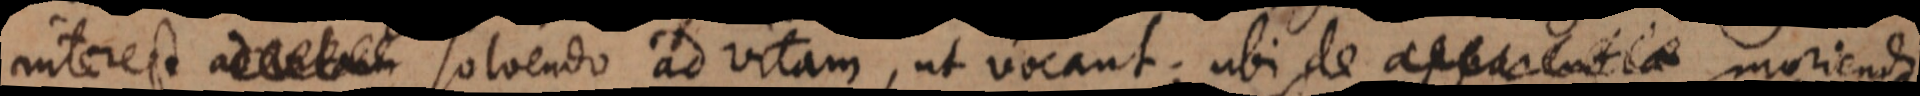
interest ad vitam, ut vocant; ubi de apparentia moriendi